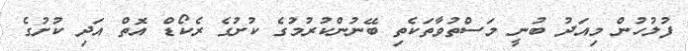
ފުލުހުން މިއަދު ބުނީ މަސްތުވާތަކެތި ބޭނުންކުރުމުގެ ކުށުގެ ރެކޯޑް އޮތް އަދި ކުށުގެ